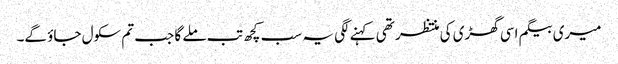
میری بیگم اسی گھڑی کی منتظر تھی کہنے لگی یہ سب کچھ تب ملے گا جب تم سکول جاؤ گے۔